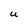
Character: U